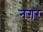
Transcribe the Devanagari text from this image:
नग़र